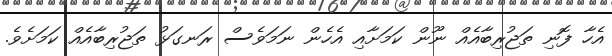
އެހާ ފޮނި ތަޖުރިބާއެއް ނޫން ކަމަށާއި އެހެން ނަމަވެސް ރަނގަޅު ތަޖުރިބާއެއް ކަމަށެވެ.